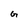
Character: G